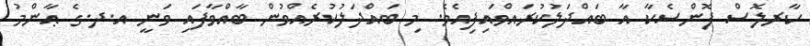
ކާރލޮސް ފޮންސެކާ އާ ބައްދަލުކުރައްވައިފިއެވެ. މި ބައްދަލުކުރެއްވުން ބާއްވާފައި ވަނީ އ.ދ.ގެ ޢާންމު